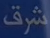
شرق